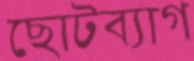
ছোটব্যাগ